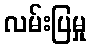
လမ်းပြမှု